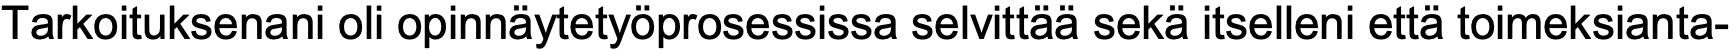
Tarkoituksenani oli opinnäytetyöprosessissa selvittää sekä itselleni että toimeksianta-